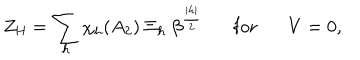
Z _ { \mathrm { H } } = \sum _ { h } \chi _ { h } ( A _ { 2 } ) ~ \Xi _ { h } ~ \beta ^ { { \frac { | h | } { 2 } } } \mathrm { f o r } V = 0 ,